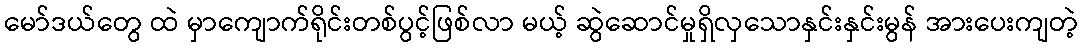
မော်ဒယ်တွေ ထဲ မှာကျောက်ရိုင်းတစ်ပွင့်ဖြစ်လာ မယ့် ဆွဲဆောင်မှုရှိလှသောနှင်းနှင်းမွန် အားပေးကျတဲ့